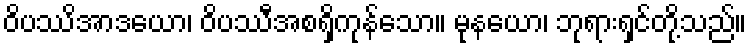
ဝိပဿိအာဒယော၊ ဝိပဿီအစရှိကုန်သော။ မုနယော၊ ဘုရားရှင်တို့သည်။